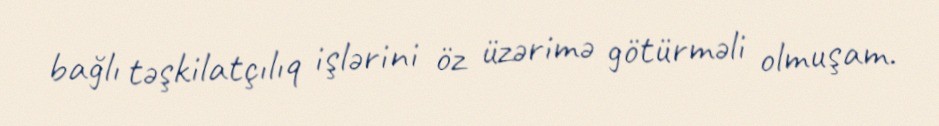
bağlı təşkilatçılıq işlərini öz üzərimə götürməli olmuşam.